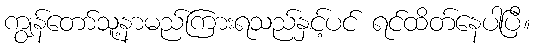
ကျွန်တော်သူ့နာမည်ကြားရသည်နှင့်ပင် ရင်ထိတ်နေပါပြီ။